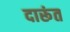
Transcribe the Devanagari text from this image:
दारूंत